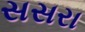
સસરા